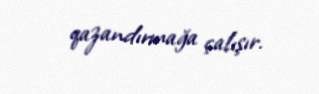
qazandırmağa çalışır.